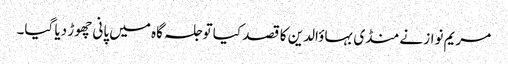
مریم نواز نے منڈی بہاؤالدین کا قصد کیا تو جلسہ گاہ میں پانی چھوڑ دیا گیا۔